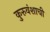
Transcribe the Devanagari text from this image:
कुरुवंशाची